Report of the Indian Hemp Drugs Commission, 1894-1895 - Volume V
Year: 1894
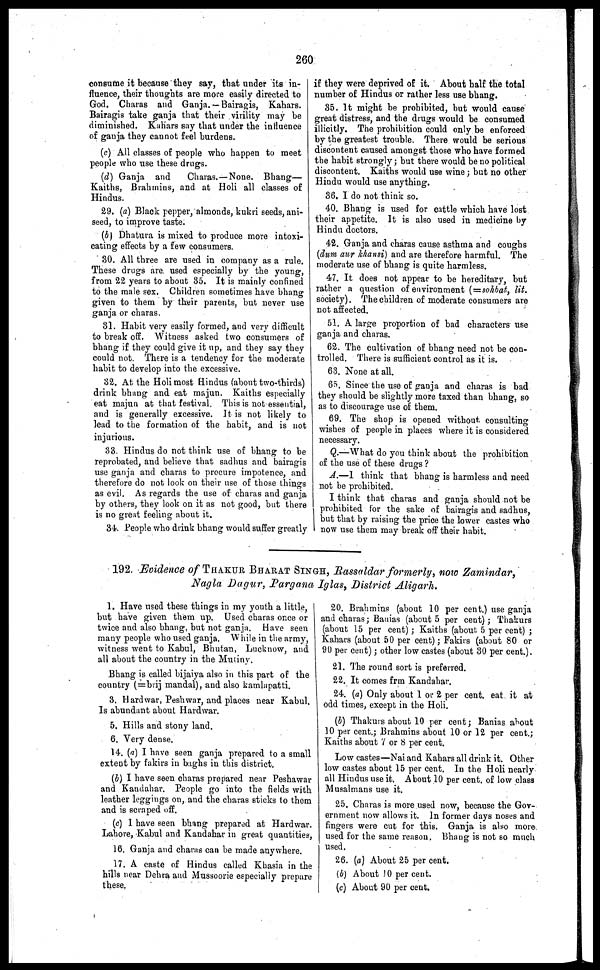
260
consume it because they say, that under its in-
fluence, their thoughts are more easily directed to
God. Charas and Ganja.— Bairagis, Kahars.
Bairagis take ganja that their virility may be
diminished. Kahars say that under the influence
of ganja they cannot feel burdens.
(c) All classes of people who happen to meet
people who use these drugs.
(d) Ganja and
Charas.—None. Bhang—
Kaiths, Brahmins, and at Holi all classes of
Hindus.
29. (a) Black pepper, almonds, kukri seeds, ani-
seed, to improve taste.
(b) Dhatura is mixed to produce more intoxi-
cating effects by a few consumers.
30. All three are used in company as a rule.
These drugs are used especially by the young,
from 22 years to about 35. It is mainly confined
to the male sex. Children sometimes have bhang
given to them by their parents, but never use
ganja or charas.
81. Habit very easily formed, and very difficult
to break off. Witness asked two consumers of
bhang if they could give it up, and they say they
could not. There is a tendency for the moderate
habit to develop into the excessive.
82. At. the Holi most Hindus (about two-thirds)
drink bhang and eat majun. Kaiths especially
eat majun at that festival. This is not essential,
and is generally excessive. It is not likely to
lead to the formation of the habit, and is not
injurious.
83. Hindus do not think use of bhang to be
reprobated, and believe that sadhus and bairagis
use ganja and charas to procure impotence, and
therefore do not look on their use of those things
as evil. As regards the use of charas and ganja
by others, they look on it as not good, but there
is no great feeling about it.
34. People who drink bhang would suffer greatly
if they were deprived of it. About half the total
number of Hindus or rather less use bhang.
35. It might be prohibited, but would cause
great distress, and the drugs would be consumed
illicitly. The prohibition could only be enforced
by the greatest trouble. There would be serious
discontent caused amongst those who have formed
the habit strongly ; but there would be no political
discontent. Kaiths would use wine ; but no other
Hindu would use anything.
36. I do not think so.
40. Bhang is used for cattle which have lost
their appetite. It is also used in medicine by
Hindu doctors.
42. Ganja and charas cause asthma and coughs
(dum aur khansi) and are therefore harmful. The
moderate use of bhang is quite harmless.
47. It does not appear to be hereditary, but
rather a question of environment (= sohbat, lit.
society). The children of moderate consumers are
not affected.
51. A large proportion of bad characters use
ganja and charas.
62. The cultivation of bhang need not be con-
trolled. There is sufficient control as it is.
63. None at all.
65. Since the use of ganja and charas is bad
they should be slightly more taxed than bhang, so
as to discourage use of them.
69. The shop is opened without consulting
wishes of people in places where it is considered
necessary.
Q.—What do you think about the prohibition
of the use of these drugs ?
A.—I think that bhang is harmless and need
not be prohibited.
I think that charas and ganja should not be
prohibited for the sake of bairagis and sadhus,
but that by raising the price the lower castes who
now use them may break off their habit.
192. Evidence of THAKUR BHARAT SINGH, Rassaldar formerly, now Zamindar,
Nagla Dagur, Pargana Iglas, District Aligarh.
1. Have used these things in my youth a little,
but have given them up. Used charas once or
twice and also bhang, but not ganja. Have seen
many people who used ganja. While in the army,
witness went to Kabul, Bhutan, Lucknow, and
all about the country in the Mutiny.
Bhang is called bijaiya also in this part of the
country (=brij mandal), and also kamlapatti.
3. Hardwar, Peshwar, and places near Kabul.
Is abundant about Hardwar.
5. Hills and stony land.
6. Very dense.
14. (a) I have seen ganja prepared to a small
extent by fakirs in baghs in this district.
(b) I have seen charas prepared near Peshawar
and Kandahar. People go into the fields with
leather leggings on, and the charas sticks to them
and is scraped off.
(c) I have seen bhang prepared at Hardwar.
Lahore, Kabul and Kandahar in great quantities,
16. Ganja and charas can be made anywhere.
17. A caste of Hindus called Khasia in the
hills near Dehra and Mussoorie especially prepare
these.
20. Brahmins (about 10 per cent.) use ganja
and charas ; Banias (about 5 per cent) ; Thakurs
(about 15 per cent) ; Kaiths (about 5 per cent) ;
Kahars (about 50 per cent) ; Fakirs (about 80 or
90 per cent) ; other low castes (about 30 per cent.).
21. The round sort is preferred.
22. It comes frm Kandahar.
24. (a) Only about 1 or 2 per cent. eat it at
odd times, except in the Holi.
(b) Thakurs about 10 per cent ; Banias about
10 per cent.; Brahmins about 10 or 12 per cent.;
Kaiths about 7 or 8 per cent.
Low castes—Nai and Kahars all drink it. Other
low castes about 15 per cent. In the Holi nearly
all Hindus use it. About 10 per cent. of low class
Musalmans use it.
25. Charas is more used now, because the Gov-
ernment now allows it. In former days noses and
fingers were cut for this. Ganja is also more
used for the same reason. Bhang is not so much
used.
26. (a) About 25 per cent.
(b) About 10 per cent.
(c) About 90 per cent.